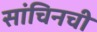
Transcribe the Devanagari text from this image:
सांचिनची